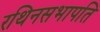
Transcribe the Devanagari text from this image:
रथिनसभापति